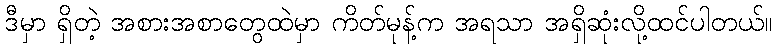
ဒီမှာ ရှိတဲ့ အစားအစာတွေထဲမှာ ကိတ်မုန့်က အရသာ အရှိဆုံးလို့ထင်ပါတယ်။